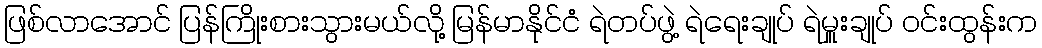
ဖြစ်လာအောင် ပြန်ကြိုးစားသွားမယ်လို့ မြန်မာနိုင်ငံ ရဲတပ်ဖွဲ့ ရဲရေးချုပ် ရဲမှူးချုပ် ဝင်းထွန်းက